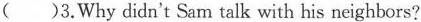
()3.Why didn't Sam talk with his neighbors?